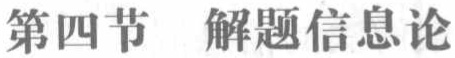
第四节 解题信息论